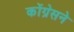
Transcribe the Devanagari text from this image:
कोंग्रेसने